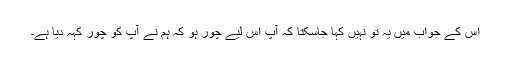
اس کے جواب میں یہ تو نہیں کہا جاسکتا کہ آپ اس لیے چور ہو کہ ہم نے آپ کو چور کہہ دیا ہے۔